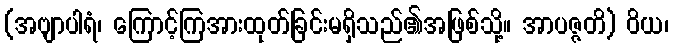
(အဗျာပါရံ၊ ကြောင့်ကြအားထုတ်ခြင်းမရှိသည်၏အဖြစ်သို့။ အာပဇ္ဇတိ) ဝိယ၊